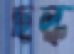
ছল্‌ক